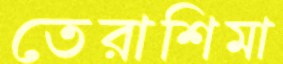
তেরাশিমা